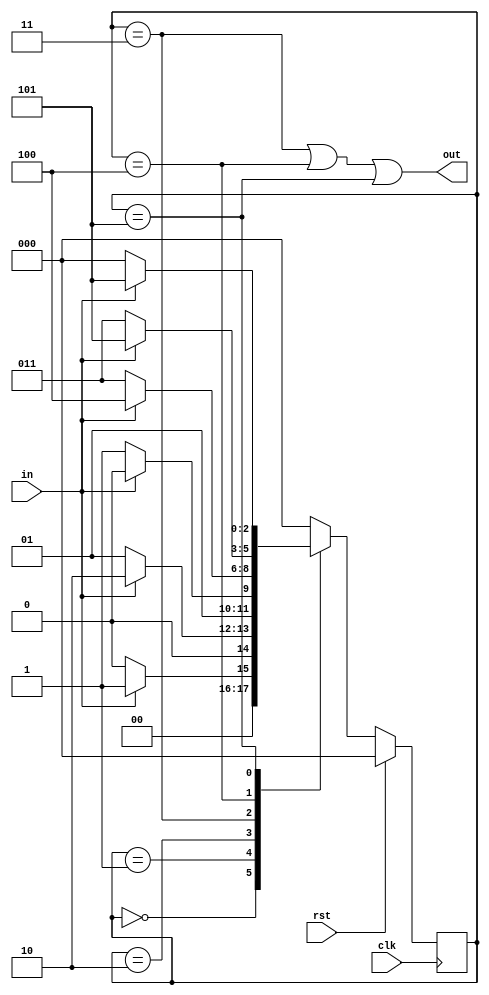
`timescale 1ns / 1ps
//////////////////////////////////////////////////////////////////////////////////
// Company: 
// Engineer: 
// 
// Design Name: 
// Module Name: sd_110_output_toggle
// Project Name: 
// Target Devices: 
// Tool Versions: 
// Description: 
// 
// Dependencies: 
// 
// Revision:
// Revision 0.01 - File Created
// Additional Comments:
// 
//////////////////////////////////////////////////////////////////////////////////


module sd_110_output_toggle(clk,rst,in,out);
input clk,rst,in;
output out;
parameter s0 = 3'b000, s1 = 3'b001, s2= 3'b010, s3 = 3'b011, s4 = 3'b100, s5 = 3'b101;
reg [2:0] present_state, next_state;
always@(posedge clk)
begin
  if (rst)
    present_state <= s0;
  else
    present_state <= next_state;
end
always@(in or present_state)
begin
  next_state = s0;
  case(present_state)
  s0: if (in) next_state <= s1;
    else next_state <= s0;
  s1: if (in) next_state <= s2;
    else next_state <= s1;
  s2: if (!in) next_state <= s3;
    else next_state <= s2;
  s3: if (in) next_state <= s4;
    else next_state <= s3;
  s4: if (in) next_state <= s5;
    else next_state <= s3;
  s5: if (!in) next_state <= s0;
    else next_state <= s5;
    endcase
end
assign out = (present_state == s3) || (present_state == s4) || (present_state == s5);

endmodule